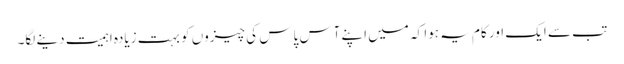
تب سے ایک اور کام یہ ہوا کہ میں اپنے آس پاس کی چیزوں کو بہت زیادہ اہمیت دینے لگا۔